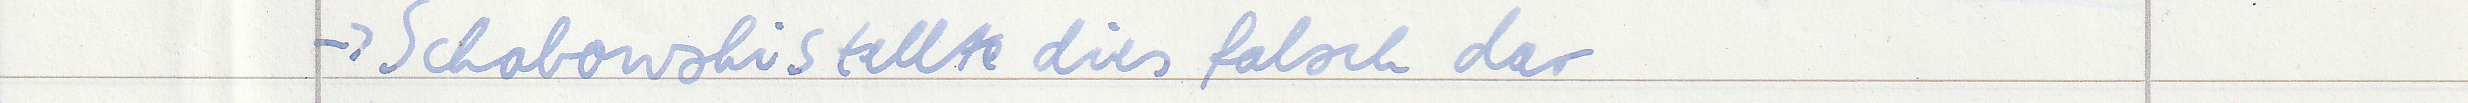
-> Schabowski stellte dies falsch dar